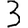
Digit: 3